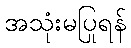
အသုံးမပြုရန်